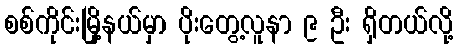
စစ်ကိုင်းမြို့နယ်မှာ ပိုးတွေ့လူနာ ၉ ဦး ရှိတယ်လို့